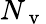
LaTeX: N_{\mathrm{~v~}}